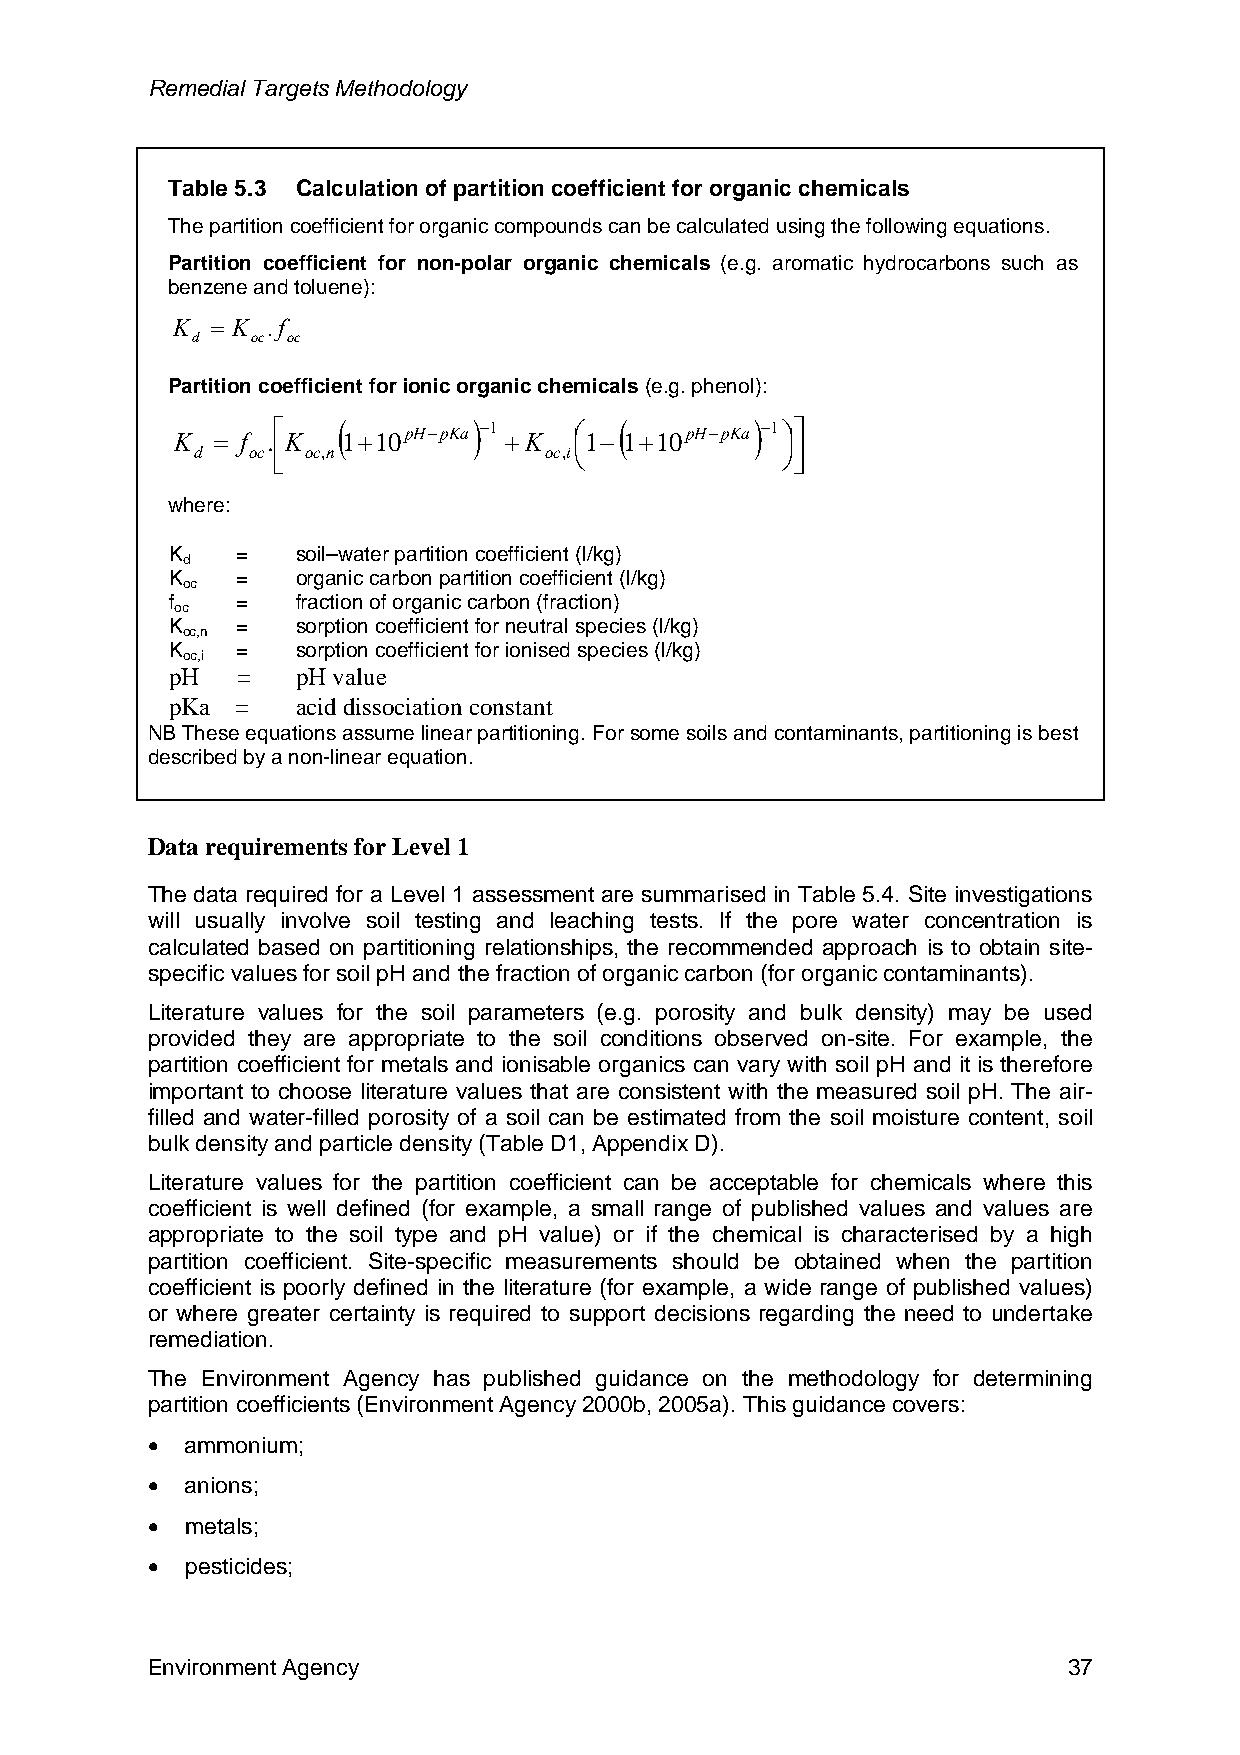
Remedial Targets Methodology
 Table 5.3 Calculation of partition coefficient for organic chemicals
 The partition coefficient for organic compounds can be calculated using the following equations.
 Partition coefficient for non-polar organic chemicals (e.g. aromatic hydrocarbons such as
 benzene and toluene):
 K  = K .f
 d   oc oc
 Partition coefficient for ionic organic chemicals (e.g. phenol):
 K = f
 .⎡
 K
 ( 1+10pH−pKa)−1
 +K
 ⎜⎛ 1−( 1+10pH−pKa)−1 ⎟⎞⎤
 d  oc ⎢
 ⎣
 oc,n            oc,i⎝           ⎠⎥
 ⎦
 where:
 K    =   soil–water partition coefficient (l/kg)
 d
 K    =   organic carbon partition coefficient (l/kg)
 oc
 f    =   fraction of organic carbon (fraction)
 oc
 K    =   sorption coefficient for neutral species (l/kg)
 oc,n
 K    =   sorption coefficient for ionised species (l/kg)
 oc,i
 pH   =   pH value
 pKa  =   acid dissociation constant
 NB These equations assume linear partitioning. For some soils and contaminants, partitioning is best
 described by a non-linear equation.
 Data requirements for Level 1
 The data required for a Level 1 assessment are summarised in Table 5.4. Site investigations
 will usually involve soil testing and leaching tests. If the pore water concentration is
 calculated based on partitioning relationships, the recommended approach is to obtain site-
 specific values for soil pH and the fraction of organic carbon (for organic contaminants).
 Literature values for the soil parameters (e.g. porosity and bulk density) may be used
 provided they are appropriate to the soil conditions observed on-site. For example, the
 partition coefficient for metals and ionisable organics can vary with soil pH and it is therefore
 important to choose literature values that are consistent with the measured soil pH. The air-
 filled and water-filled porosity of a soil can be estimated from the soil moisture content, soil
 bulk density and particle density (Table D1, Appendix D).
 Literature values for the partition coefficient can be acceptable for chemicals where this
 coefficient is well defined (for example, a small range of published values and values are
 appropriate to the soil type and pH value) or if the chemical is characterised by a high
 partition coefficient. Site-specific measurements should be obtained when the partition
 coefficient is poorly defined in the literature (for example, a wide range of published values)
 or where greater certainty is required to support decisions regarding the need to undertake
 remediation.
 The Environment Agency has published guidance on the methodology for determining
 partition coefficients (Environment Agency 2000b, 2005a). This guidance covers:
 • ammonium;
 • anions;
 • metals;
 • pesticides;
 Environment Agency                                           37